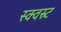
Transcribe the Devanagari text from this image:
स्क्वस्र्ट